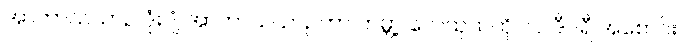
အာကာသယာဉ် ဒုံးပျံ အာကာသယာဉ်ဟာ ကမ္ဘာ့ လေထုထဲကို ၆၀ ဒီဂရီ အစောင်း